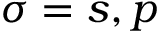
\sigma = s , p